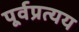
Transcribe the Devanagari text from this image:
पूर्वप्रत्यय